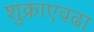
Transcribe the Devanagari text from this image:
शुक्राएवढा